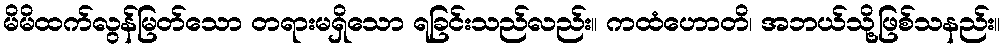
မိမိထက်လွန်မြတ်သော တရားမရှိသော ရခြင်းသည်လည်း။ ကထံဟောတိ၊ အဘယ်သို့ဖြစ်သနည်း။